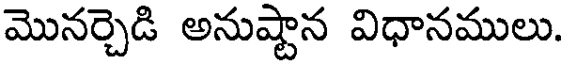
మొనర్చెడి అనుష్టాన విధానములు.